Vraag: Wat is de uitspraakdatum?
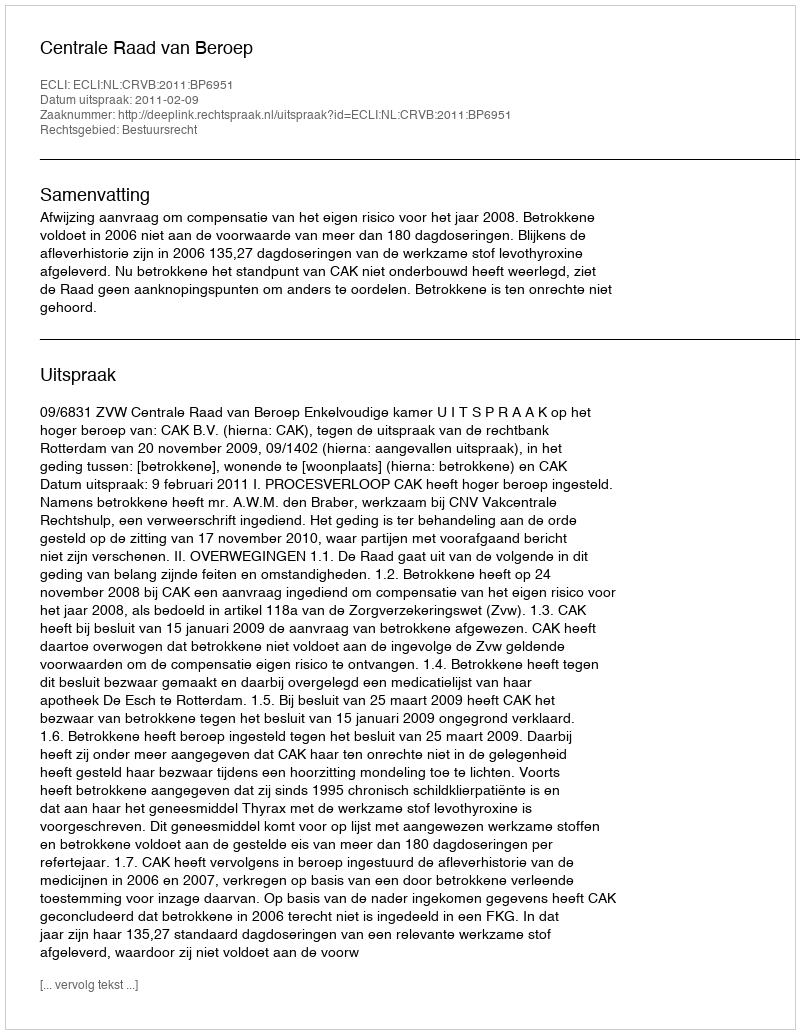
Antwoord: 2011-02-09